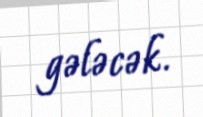
gələcək.